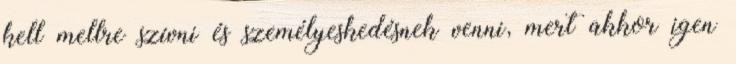
kell mellre szívni és személyeskedésnek venni, mert akkor igen